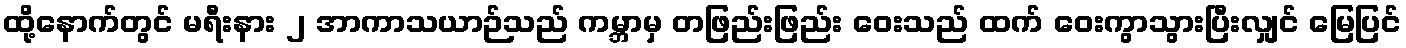
ထို့နောက်တွင် မရီးနား ၂ အာကာသယာဉ်သည် ကမ္ဘာမှ တဖြည်းဖြည်း ဝေးသည် ထက် ဝေးကွာသွားပြီးလျှင် မြေပြင်